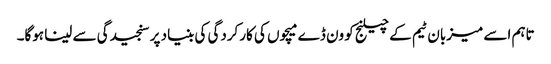
تاہم اسے میزبان ٹیم کے چیلنج کو ون ڈے میچوں کی کارکردگی کی بنیاد پر سنجیدگی سے لینا ہوگا۔